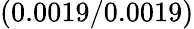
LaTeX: (0.0019/0.0019)